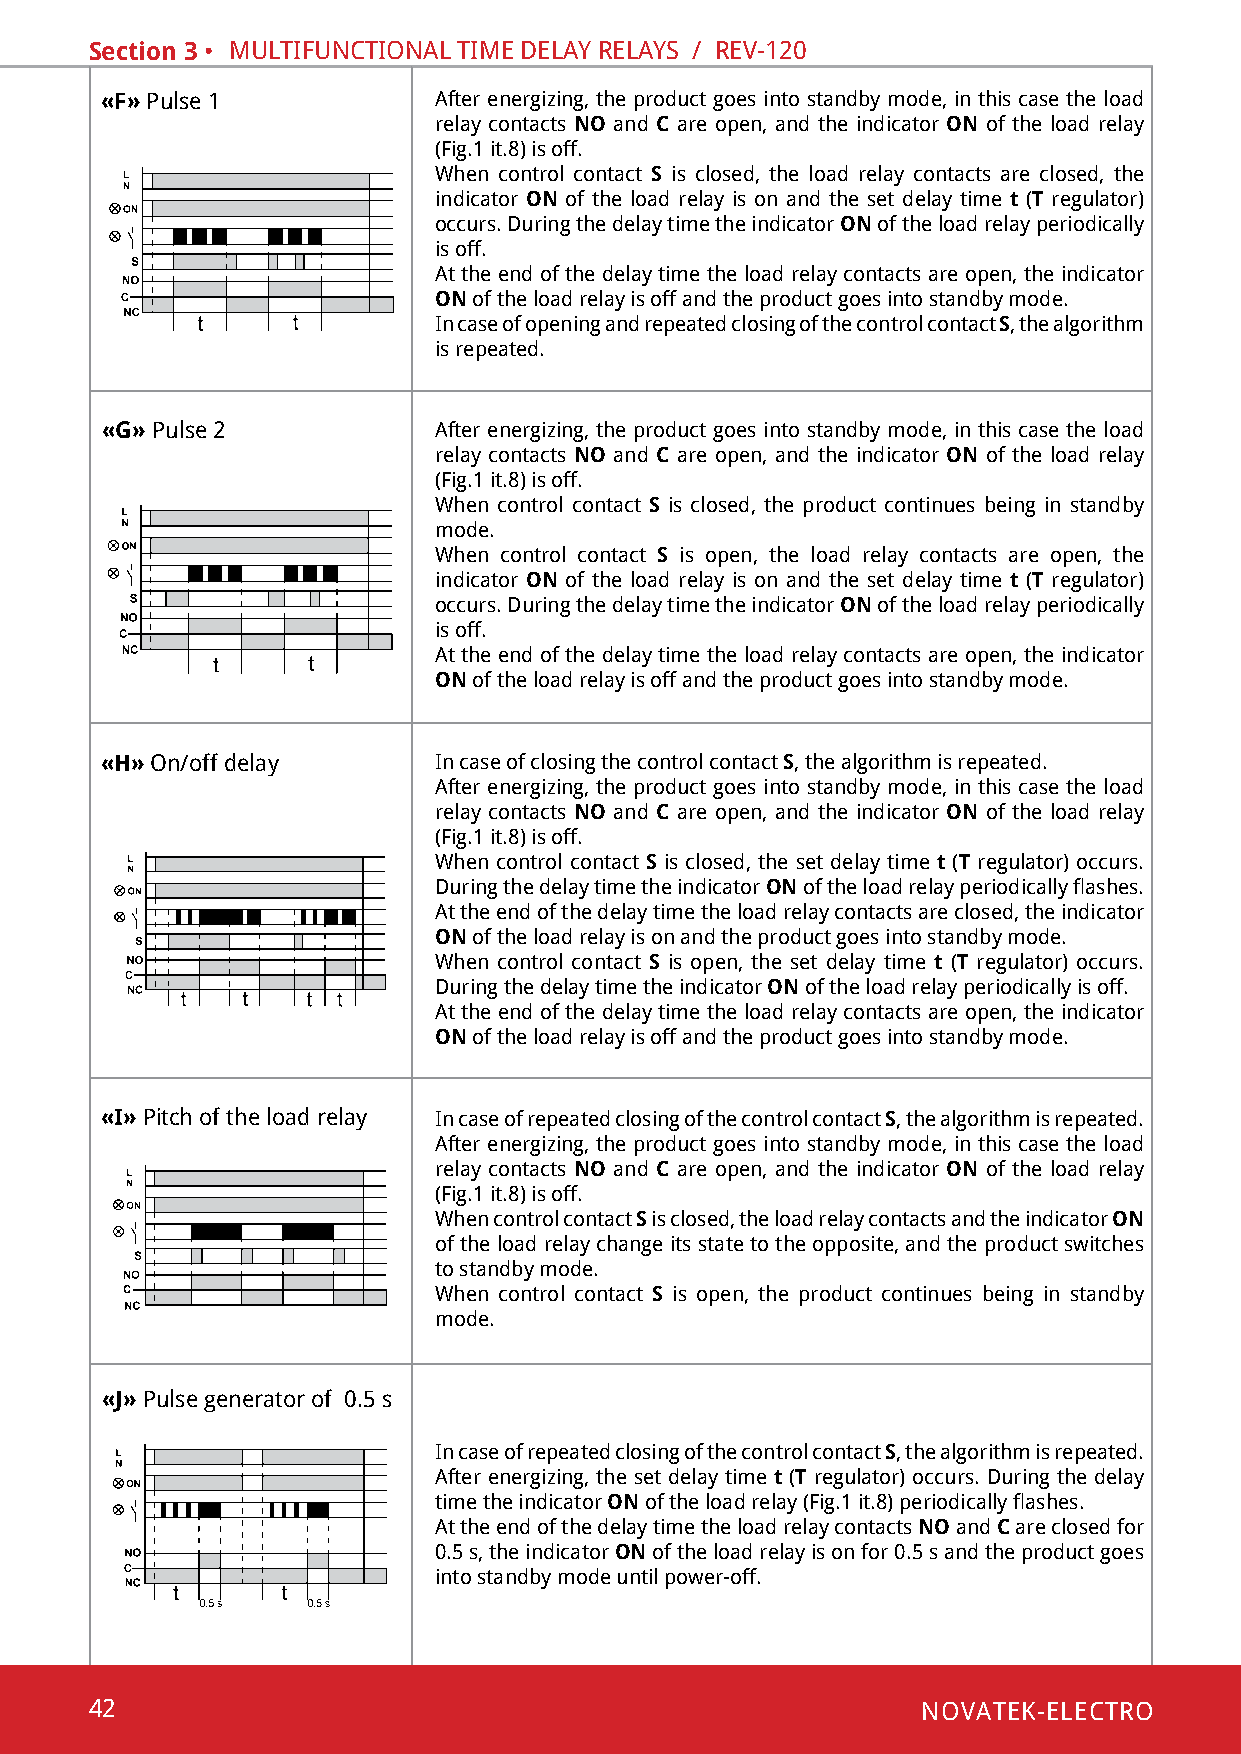
Section 3 • multifunctional time delaY RelaYs / Rev-120
 «F» pulse 1           after energizing, the product goes into standby mode, in this case the load
 relay contacts NO and C are open, and the indicator ON of the load relay
 (fig.1 it.8) is off.
 When control contact S is closed, the load relay contacts are closed, the
 indicator ON of the load relay is on and the set delay time t (Т regulator)
 occurs. during the delay time the indicator ON of the load relay periodically
 is off.
 at the end of the delay time the load relay contacts are open, the indicator
 ON of the load relay is off and the product goes into standby mode.
 in case of opening and repeated closing of the control contact S, the algorithm
 is repeated.
 «G» pulse 2           after energizing, the product goes into standby mode, in this case the load
 relay contacts NO and C are open, and the indicator ON of the load relay
 (fig.1 it.8) is off.
 When control contact S is closed, the product continues being in standby
 mode.
 When control contact S is open, the load relay contacts are open, the
 indicator ON of the load relay is on and the set delay time t (Т regulator)
 occurs. during the delay time the indicator ON of the load relay periodically
 is off.
 at the end of the delay time the load relay contacts are open, the indicator
 ON of the load relay is off and the product goes into standby mode.
 «H» on/off delay      in case of closing the control contact S, the algorithm is repeated.
 after energizing, the product goes into standby mode, in this case the load
 relay contacts NO and C are open, and the indicator ON of the load relay
 (fig.1 it.8) is off.
 When control contact S is closed, the set delay time t (Т regulator) occurs.
 during the delay time the indicator ON of the load relay periodically flashes.
 at the end of the delay time the load relay contacts are closed, the indicator
 ON of the load relay is on and the product goes into standby mode.
 When control contact S is open, the set delay time t (Т regulator) occurs.
 during the delay time the indicator ON of the load relay periodically is off.
 at the end of the delay time the load relay contacts are open, the indicator
 ON of the load relay is off and the product goes into standby mode.
 «I» pitch of the load relay in case of repeated closing of the control contact S, the algorithm is repeated.
 after energizing, the product goes into standby mode, in this case the load
 relay contacts NO and C are open, and the indicator ON of the load relay
 (fig.1 it.8) is off.
 When control contact S is closed, the load relay contacts and the indicator ON
 of the load relay change its state to the opposite, and the product switches
 to standby mode.
 When control contact S is open, the product continues being in standby
 mode.
 «J» pulse generator of 0.5 s
 in case of repeated closing of the control contact S, the algorithm is repeated.
 after energizing, the set delay time t (Т regulator) occurs. during the delay
 time the indicator ON of the load relay (Fig.1 it.8) periodically flashes.
 at the end of the delay time the load relay contacts NO and C are closed for
 0.5 s, the indicator ON of the load relay is on for 0.5 s and the product goes
 into standby mode until power-off.
 42                                                     NOVATEK-ELECTRO